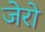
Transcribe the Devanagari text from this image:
जेरो